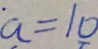
a = 1 0